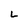
Character: L